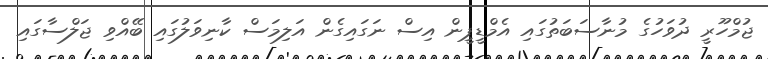
ޖުމްހޫރީ ދުވަހުގެ މުނާސަބަތުގައި އެމްޑީޕީން އިސް ނަގައިގެން އަލިމަސް ކާނިވަލުގައި ބޭއްވި ޖަލްސާގައި